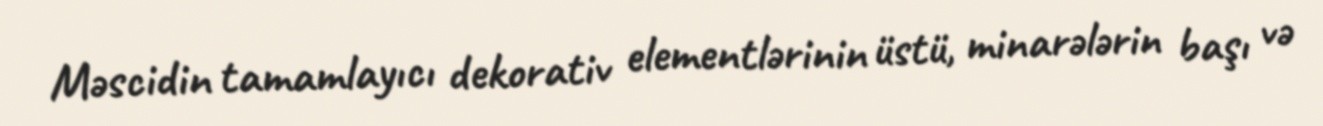
Məscidin tamamlayıcı dekorativ elementlərinin üstü, minarələrin başı və